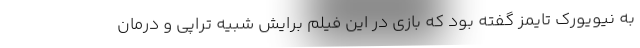
به نیویورک تایمز گفته بود که بازی در این فیلم برایش شبیه تراپی و درمان